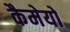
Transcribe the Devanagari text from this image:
कैमेयो